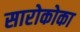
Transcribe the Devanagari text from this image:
सारोकोका